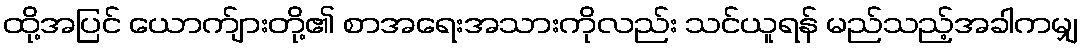
ထို့အပြင် ယောက်ျားတို့၏ စာအရေးအသားကိုလည်း သင်ယူရန် မည်သည့်အခါကမျှ